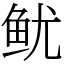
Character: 鱿